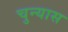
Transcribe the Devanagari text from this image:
चुन्यास